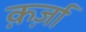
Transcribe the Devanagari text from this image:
क़र्ज़ा